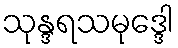
သုန္ဒရသမုဒ္ဒေါ